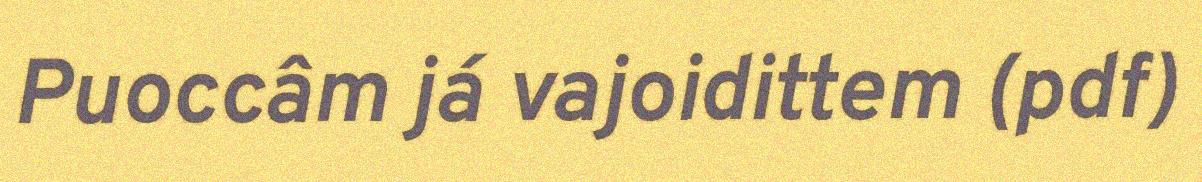
Puoccâm já vajoidittem (pdf)